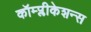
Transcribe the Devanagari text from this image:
कॉम्प्लीकेशन्स